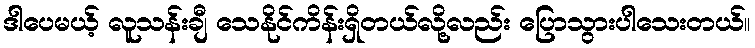
ဒါပေမယ့် လူသန်းချီ သေနိုင်ကိန်းရှိတယ်လို့လည်း ပြောသွားပါသေးတယ်။